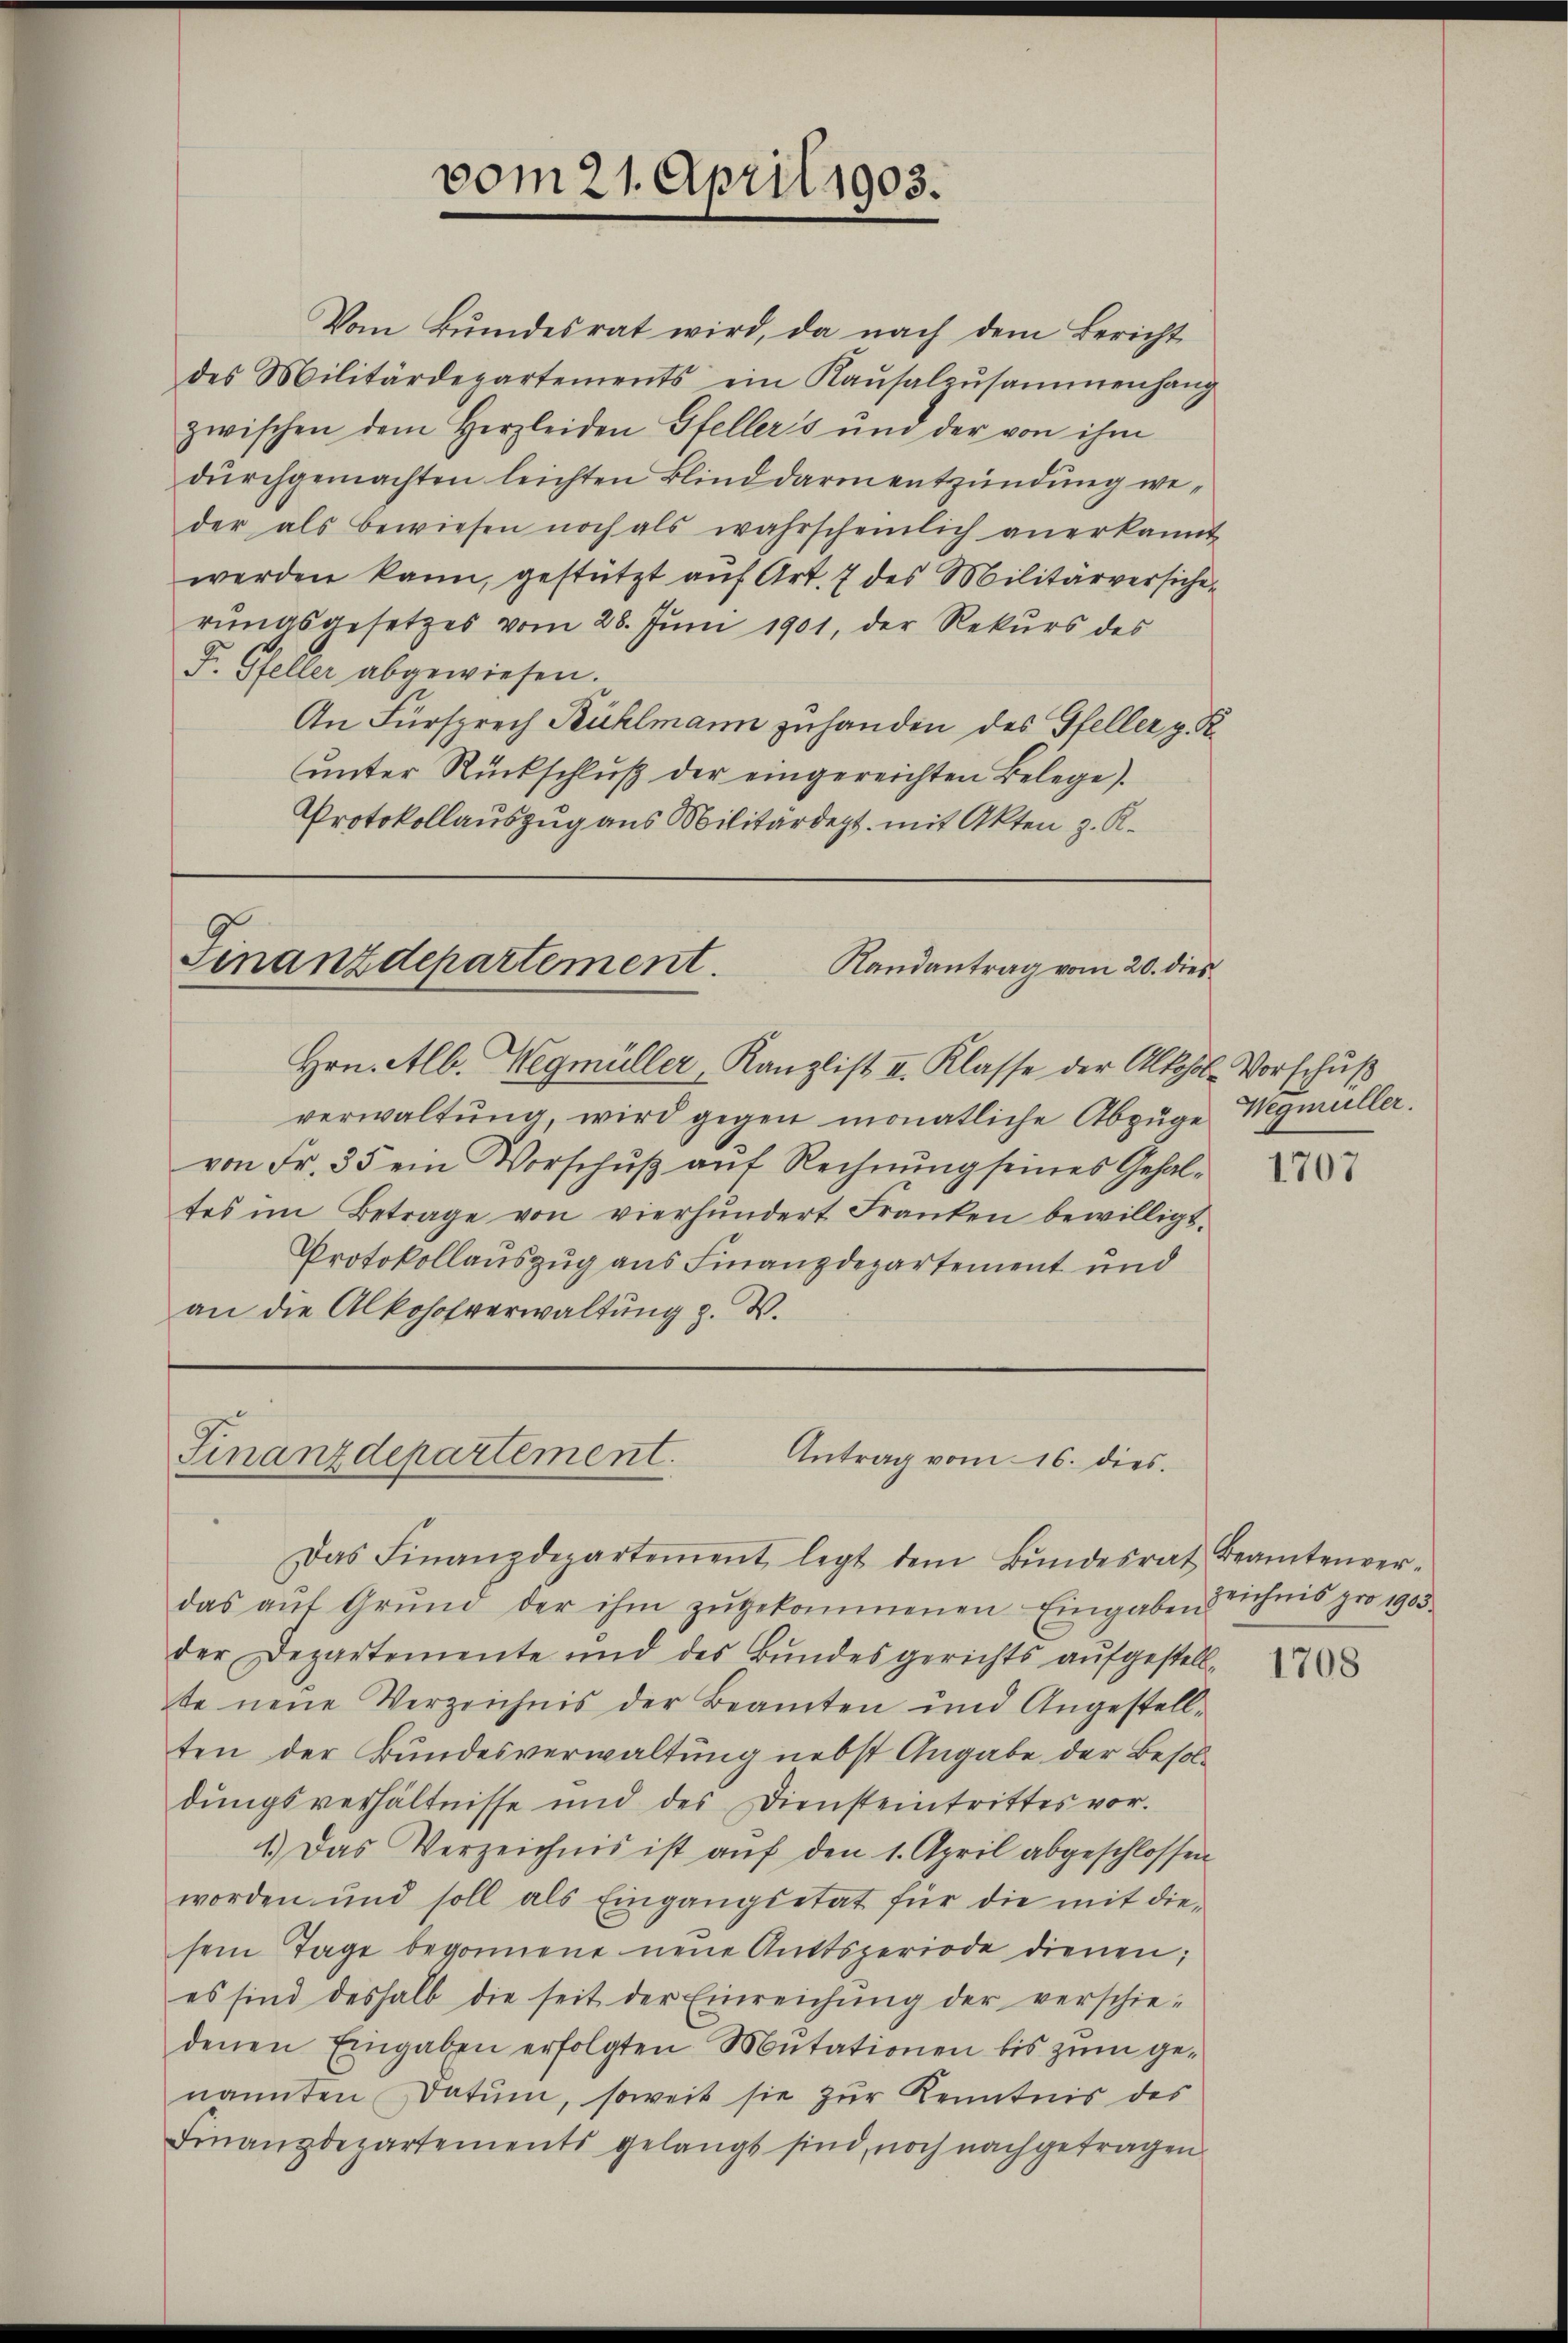
Vom Bŭndesrat wird, da nach dem Bericht
des Militärdepartements ein Kaŭsalzŭsammenhang
zwischen dem Herzleiden Gfeller's und der von ihm
durchgemachten leichten Blind darin entzündung weder als bewiesen noch als wahrscheinlich anerkannt
werden kann, gestützt auf Art. 7 des Militärversicherungsgesetzes vom 28. Juni 1901, der Rekurs des
F. Gfeller abgewiesen.
An Fürsprech Bühlmann zuhanden des Gfeller p. K.
unter Rückschluß der eingereichten Belege.
Protokollauszug aus Militärdept. mit Akten z. K.

vom 21. April 1903.

Finanzdepartement.
Randantrag vom 20. dies

Hrn. Alb. Wegmüller, Kanzlist II. Klasse der Alkohol-Vorschuß
verwaltŭng, wird gegen monatliche Abzüge Wegmüller.
von Fr. 35 ein Vorschuß auf Rechnung seines Gehaltes im Betrage von vierhundert Franken bewilligs
Protokollauszug aus Finanzdepartement und
an die Alkohofverwaltung z. W.

Finanzdepartement.
Antrag vom 16. dies
Das Finanzdepartement legt dem Bŭndesrat Beamtenver-

das aŭf Grŭnd der ihm zŭgekommenen Eingaben Zeichnis pro 1905.
der Departemente und des Bundesgerichts aufgestell-
te neue Verzeichnis der Beamten und Angestellten der Bundesverwaltung nebst Angabe der Besoldungsverhältnisse und des Diensteintrittes vor.
1.) Das Verzeichnis ist aŭf den 1. April abgeschlossen
worden und soll als Eingangsetat für die mit die-
sem Tage begonnene neŭe Amtsperiode dienen;
es sind deshalb die seit der Einreichŭng der verschie-
denen Eingaben erfolgten Mutationen bis zum genannten Datum, soweit sie zur Kenntnis des
Finanzdepartements gelangt sind, noch nachgetragen

1707

1708